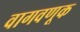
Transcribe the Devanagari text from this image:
वागवणूक